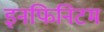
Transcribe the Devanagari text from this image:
इनफिनिटम